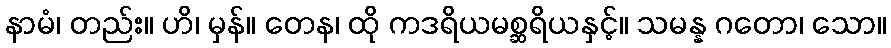
နာမံ၊ တည်း။ ဟိ၊ မှန်။ တေန၊ ထို ကဒရိယမစ္ဆရိယနှင့်။ သမန္န ဂတော၊ သော။